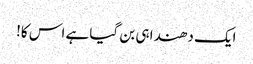
ایک دھندا ہی بن گیا ہے اس کا!